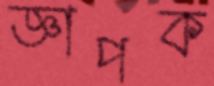
জ্ঞাপক